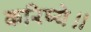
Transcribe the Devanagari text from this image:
करिष्ये॥